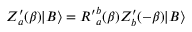
Z _ { a } ^ { \prime } ( \beta ) | B \rangle = { R ^ { \prime } } _ { a } ^ { b } ( \beta ) Z _ { b } ^ { \prime } ( - \beta ) | B \rangle